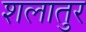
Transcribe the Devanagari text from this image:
शलातुर